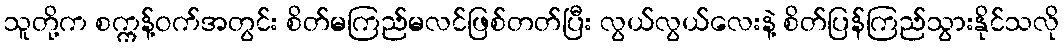
သူတို့က စက္ကန့်ဝက်အတွင်း စိတ်မကြည်မလင်ဖြစ်တတ်ပြီး လွယ်လွယ်လေးနဲ့ စိတ်ပြန်ကြည်သွားနိုင်သလို